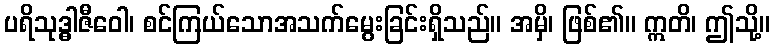
ပရိသုဒ္ဓါဇီဝေါ၊ စင်ကြယ်သောအသက်မွေးခြင်းရှိသည်။ အမှိ၊ ဖြစ်၏။ ဣတိ၊ ဤသို့။